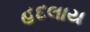
હદલાય